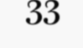
33